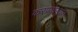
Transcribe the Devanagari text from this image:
करण्यार्‍यांत